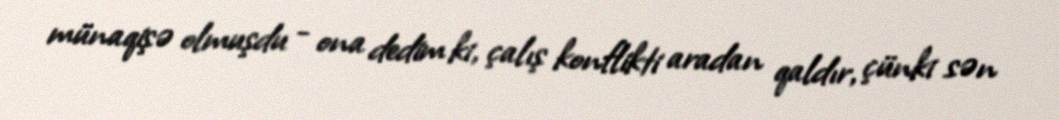
münaqişə olmuşdu - ona dedim ki, çalış konflikti aradan qaldır, çünki sən